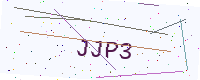
Text: JJP3